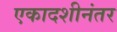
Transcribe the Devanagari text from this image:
एकादशीनंतर